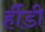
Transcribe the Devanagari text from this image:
र्हीडी